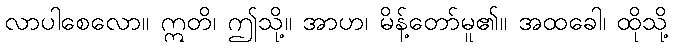
လာပါစေလော။ ဣတိ၊ ဤသို့။ အာဟ၊ မိန့်တော်မူ၏။ အထခေါ၊ ထိုသို့